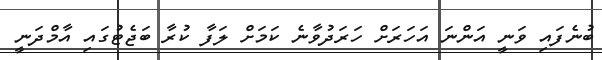
ބުނެފައި ވަނީ އަންނަ އަހަރަށް ހަރަދުވާނެ ކަމަށް ލަފާ ކުރާ ބަޖެޓުގައި އާމްދަނީ